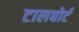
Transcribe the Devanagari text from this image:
टालबोर्ट